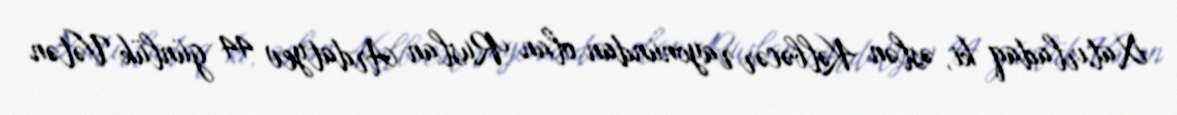
Xatırladaq ki, əslən Kəlbəcər rayonundan olan Ruslan Ardatyev 44 günlük Vətən